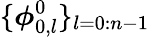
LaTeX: \{ \boldsymbol{\phi}_{0,l}^{0}\} _{l=0:n-1}